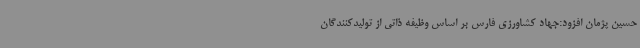
حسین پژمان افزود:جهاد کشاورزی فارس بر اساس وظیفه ذاتی از تولیدکنندگان